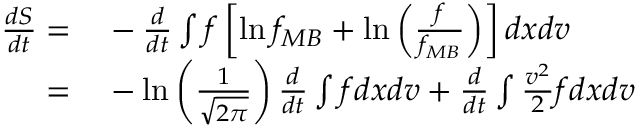
\begin{array} { r l } { \frac { d S } { d t } = } & { { } - \frac { d } { d t } \int f \left[ \ln f _ { M B } + \ln \left( \frac { f } { f _ { M B } } \right) \right] d x d v } \\ { = } & { { } - \ln \left( \frac { 1 } { \sqrt { 2 \pi } } \right) \frac { d } { d t } \int f d x d v + \frac { d } { d t } \int \frac { v ^ { 2 } } { 2 } f d x d v } \end{array}